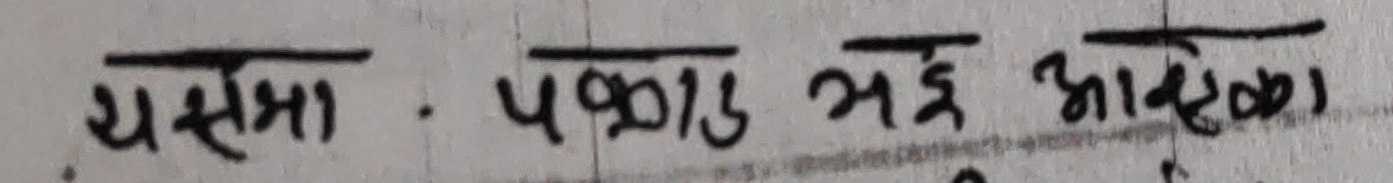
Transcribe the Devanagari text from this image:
यसमा पकाउ भई आवश्यक